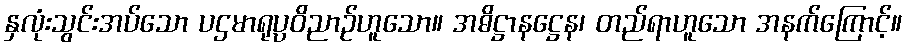
နှလုံးသွင်းအပ်သော ပဌမာရုပ္ပဝိညာဉ်ဟူသော။ အဓိဋ္ဌာနဋ္ဌေန၊ တည်ရာဟူသော အနက်ကြောင့်။